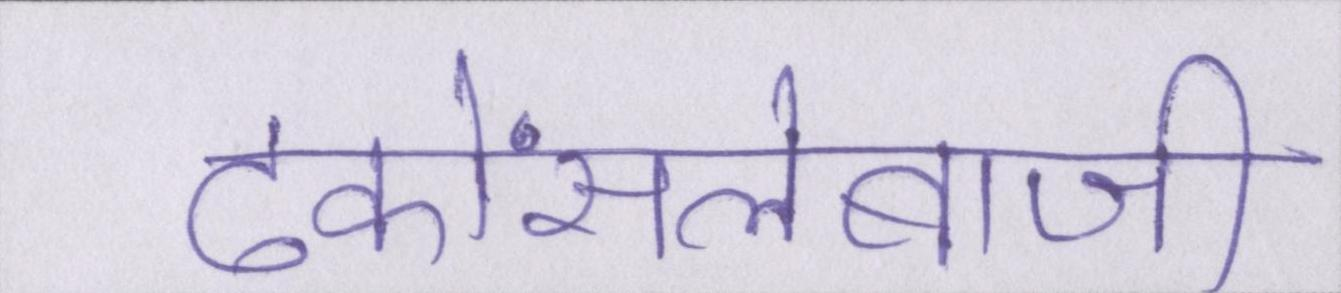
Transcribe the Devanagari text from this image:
ढकोंसलेबाजी